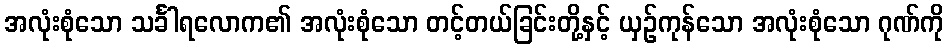
အလုံးစုံသော သင်္ခါရလောက၏ အလုံးစုံသော တင့်တယ်ခြင်းတို့နှင့် ယှဉ်ကုန်သော အလုံးစုံသော ဂုဏ်ကို